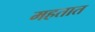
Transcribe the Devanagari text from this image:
महतात